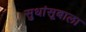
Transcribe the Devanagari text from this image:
सुधांसूबाला